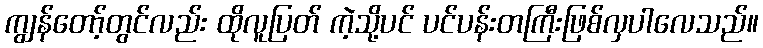
ကျွန်တော့်တွင်လည်း ထိုလူပြတ် ကဲ့သို့ပင် ပင်ပန်းတကြီးဖြစ်လှပါလေသည်။